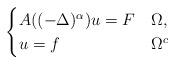
LaTeX: \begin{align*} \begin{cases} A((-\Delta)^\alpha)u=F &\Omega,\\ u=f &\Omega^c \end{cases} \end{align*}